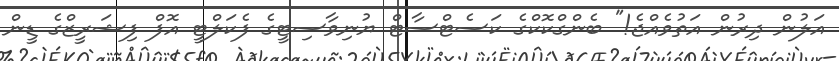
އަލުން ދިރުން އަތުވެއްޖެ!" ބެންގްކޮކްގެ ކަސެޓްސާޓް ޔުނިވާސިޓީގެ ފެކަލްޓީ އޮފް ފިޝަރީޒްގެ ޑީން